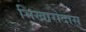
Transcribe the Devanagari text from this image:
भिखारोदास